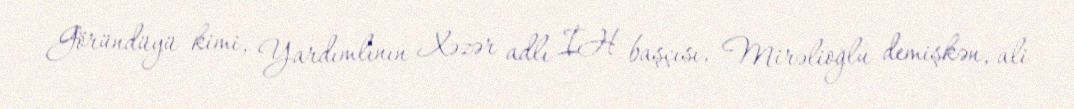
Göründüyü kimi, Yardımlının Xəzər adlı İH başçısı, Mirəlioğlu demişkən, ali